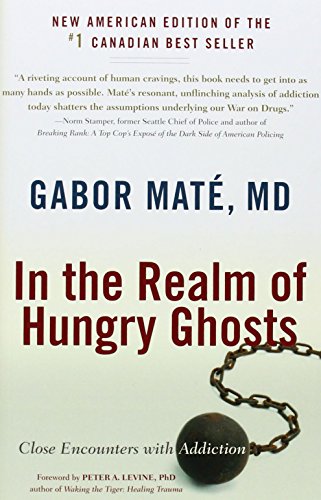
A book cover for In the Realm of Hungry Ghosts: Close Encounters with Addiction; Gabor Mate; Health, Fitness & Dieting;